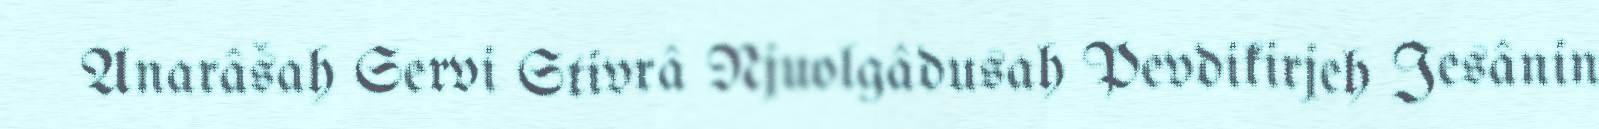
Anarâšah Servi Stivrâ Njuolgâdusah Pevdikirjeh Jesânin